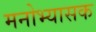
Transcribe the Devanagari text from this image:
मनोभ्यासक